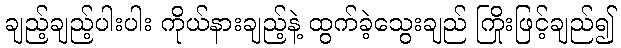
ချည့်ချည့်ပါးပါး ကိုယ်နားချည့်နဲ့ ထွက်ခဲ့သွေးချည် ကြိုးဖြင့်ချည်၍